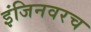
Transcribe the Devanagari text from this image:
इंजिनवरच